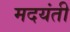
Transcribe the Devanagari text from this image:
मदयंती